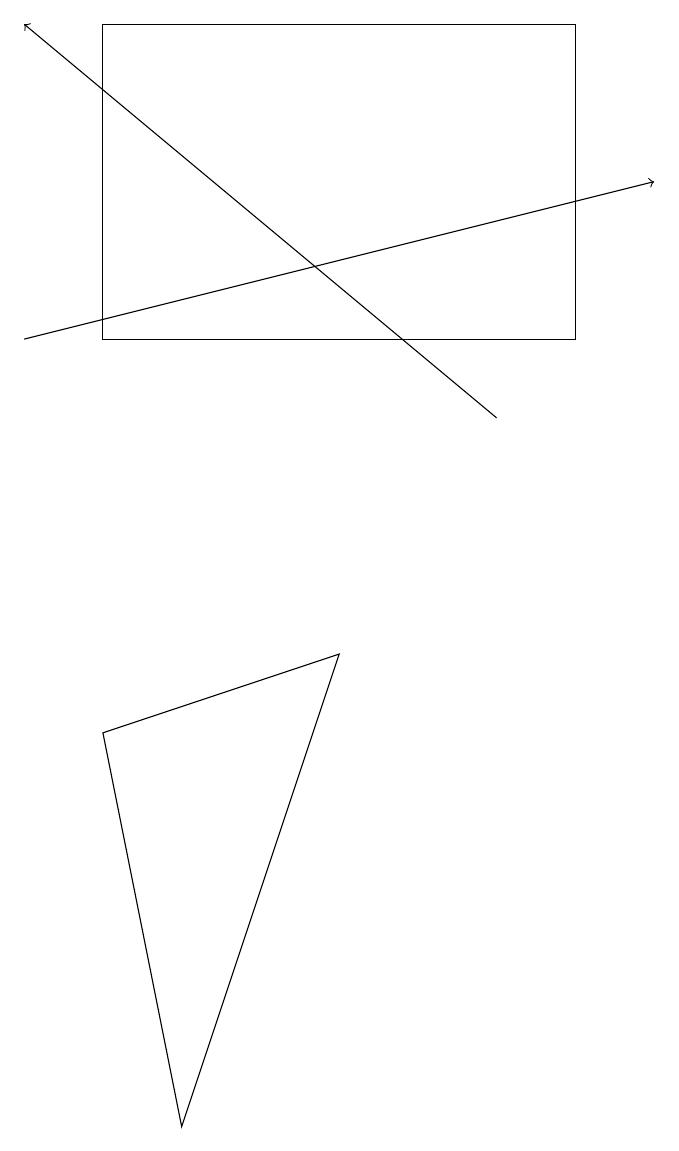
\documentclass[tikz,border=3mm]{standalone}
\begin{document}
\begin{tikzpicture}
\draw[->] (0,13) -- (8,15);
\draw (4,9) -- (1,8) -- (2,3) -- cycle;
\draw (1,13) rectangle (7,17);
\draw[->] (6,12) -- (0,17);
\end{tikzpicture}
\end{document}